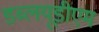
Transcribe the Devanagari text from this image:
डब्लयूडीएम